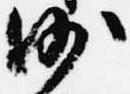
沙